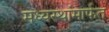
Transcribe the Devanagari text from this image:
मध्यस्थांमार्फत